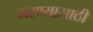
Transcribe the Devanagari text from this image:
मरण्यासाठी